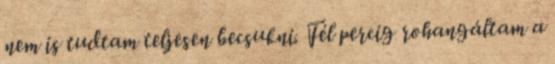
nem is tudtam teljesen becsukni. Fél percig rohangáltam a